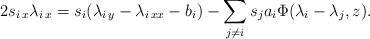
LaTeX: \begin{align*}2s_{i\,x} \lambda_{i\,x}=s_i (\lambda_{i\,y}-\lambda_{i\,xx}-b_i)-\sum_{j\ne i} s_j a_i \Phi(\lambda_i-\lambda_j,z) .\end{align*}